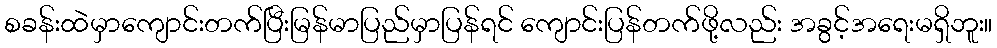
စခန်းထဲမှာကျောင်းတက်ပြီးမြန်မာပြည်မှာပြန်ရင် ကျောင်းပြန်တက်ဖို့လည်း အခွင့်အရေးမရှိဘူး။